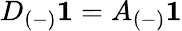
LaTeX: D_{(-)}\mathbf{1}=A_{(-)}\mathbf{1}